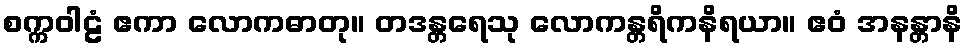
စက္ကဝါဠံ ဧကာ လောကဓာတု။ တဒန္တရေသု လောကန္တရိကနိရယာ။ ဧဝံ အနန္တာနိ